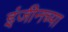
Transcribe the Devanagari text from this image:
इंजीनच्या